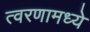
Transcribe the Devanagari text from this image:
त्वरणामध्ये